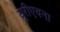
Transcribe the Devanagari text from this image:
यूरीएवना